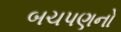
બચપણનો